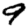
Digit: 9